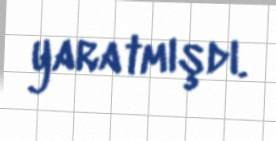
yaratmışdı.